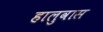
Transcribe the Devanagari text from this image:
हालुवास